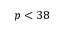
p < 3 8